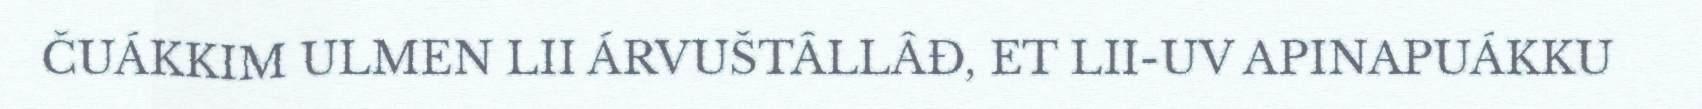
ČUÁKKIM ULMEN LII ÁRVUŠTÂLLÂĐ, ET LII-UV APINAPUÁKKU